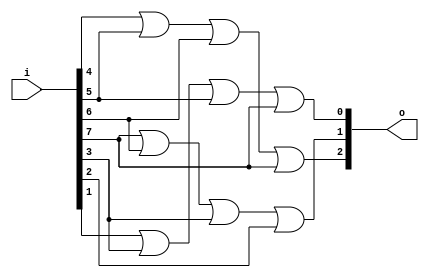
module encoder8_3(
input [7:0] i,
output [2:0] o);

or(o[2],i[4],i[5],i[6],i[7]);
or(o[1],i[7],i[6],i[3],i[2]);
or(o[0],i[1],i[3],i[5],i[7]);

endmodule